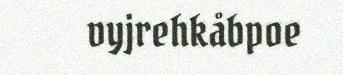
vyjrehkåbpoe